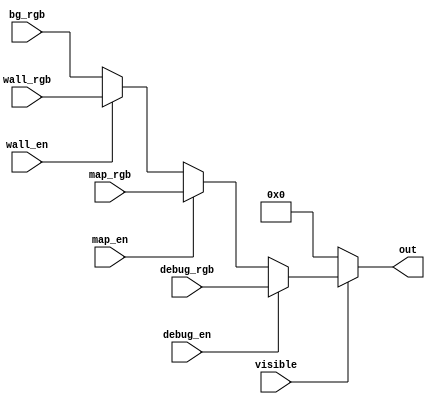
`default_nettype none
// `timescale 1ns / 1ps

module p08_vga_mux(
  input         visible,

`ifdef TRACE_STATE_DEBUG
  input         show_trace_debug,
  input [3:0]   trace_state_debug,
`endif//TRACE_STATE_DEBUG

  input         debug_en,
  input [5:0]   debug_rgb,

  input         map_en,
  input [5:0]   map_rgb,

  input         wall_en,
  input [5:0]   wall_rgb,

  input [5:0]   bg_rgb, // Default background colour.
  output reg [5:0]  out
);

  always @(*) begin
    if (!visible)                     out = 6'b0;
    else if (debug_en)                out = debug_rgb;
`ifdef TRACE_STATE_DEBUG
    else if (show_trace_debug && trace_state_debug < 15)  out = {2'b00, trace_state_debug};
`endif//TRACE_STATE_DEBUG
    else if (map_en)                  out = map_rgb;
    else if (wall_en)                 out = wall_rgb;
    else                              out = bg_rgb;
  end
  
endmodule